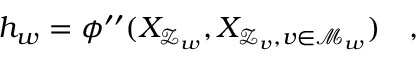
h _ { w } = \phi ^ { \prime \prime } ( X _ { \mathcal { Z } _ { w } } , X _ { \mathcal { Z } _ { v } , v \in \mathcal { M } _ { w } } ) \quad ,